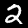
Digit: 2